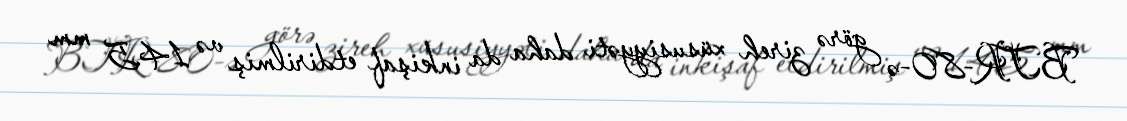
BTR-80-ə görə zireh xüsusiyyəti daha da inkişaf etdirilmiş və 14.5 mm